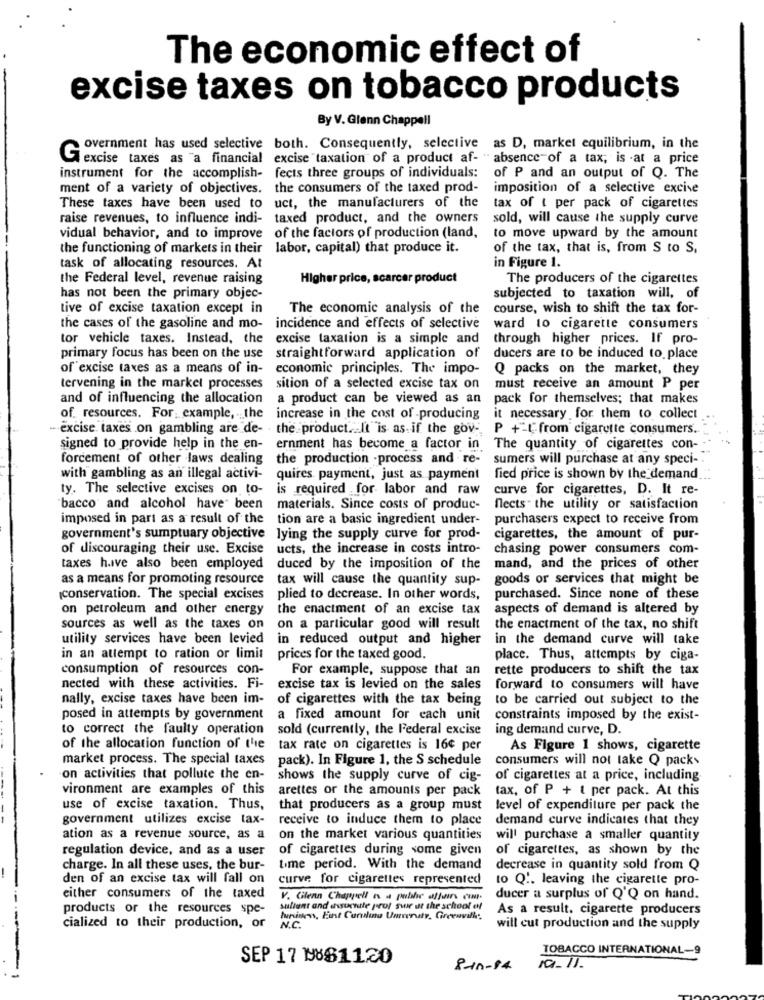
The economic effect of
excise taxes on tobacco products
By V. Glenn Chappell
overnment has used selective both. Consequently, selective as D, market equilibrium, in the
excise taxes as "a financial excise taxation of a product af- "absence of a tax; is -at a price
instrument for the accomplish- fects three groups of individuals:
of P and an output of Q. The
ment of a variety of objectives. the consumers of the taxed prod-
imposition of a selective excise
These taxes have been used to uct, the manufacturers of the
tax of t per pack of cigarettes
raise revenues, to influence indi- taxed product, and the owners
sold, will cause the supply curve
vidual behavior, and to improve of the factors of production (land,
to move upward by the amount
the functioning of markets in their labor, capital) that produce it.
of the tax, that is, from S to S.
task of allocating resources. At
in Figure 1.
the Federal level, revenue raising
Higher price, scarcer product
The producers of the cigarettes
has not been the primary objec-
subjected to taxation will, of
tive of excise taxation except in
The economic analysis of the
course, wish to shift the tax for-
the cases of the gasoline and mo-
incidence and effects of selective
ward to cigarette consumers
tor vehicle taxes. Instead, the
excise taxation is a simple and
through higher prices. If pro-
primary focus has been on the use
straightforward application of
ducers are to be induced to place
of excise taxes as a means of in-
economic principles. The impo-
Q packs on the market, they
tervening in the market processes
sition of a selected excise tax on
must receive an amount P per
and of influencing the allocation
a product can be viewed as an
pack for themselves; that makes
of. resources. For example, the
increase in the cost of -producing
it necessary for them to collect
-excise taxes on gambling are de- the product. It is as if the gov-
P +[from cigarette consumers ..
signed to provide help in the en- ernment has become a factor in The quantity of cigarettes con-
forcement of other laws dealing
the production -process and re- sumers will purchase at any speci -.
with gambling as an illegal activi-
quires payment, just as payment
fied price is shown by the demand
ty. The selective excises on to-
is required for labor and raw
curve for cigarettes, D. It re-
"bacco and alcohol have been
materials. Since costs of produc-
fects" the utility or satisfaction
imposed in part as a result of the tion are a basic ingredient under-
purchasers expect to receive from
government's sumptuary objective lying the supply curve for prod-
cigarettes, the amount of pur-
of discouraging their use. Excise ucts, the increase in costs intro-
chasing power consumers com-
taxes have also been employed
duced by the imposition of the
mand, and the prices of other
as a means for promoting resource
tax will cause the quantity sup-
goods or services that might be
conservation. The special excises
plied to decrease. In other words,
purchased. Since none of these
on petroleum and other energy
the enactment of an excise tax
aspects of demand is altered by
sources as well as the taxes on
on a particular good will result
the enactment of the tax, no shift
utility services have been levied
in reduced output and higher
in the demand curve will take
in an attempt to ration or limit
prices for the taxed good.
place. Thus, attempts by ciga-
consumption of resources con-
For example, suppose that an
rette producers to shift the tax
nected with these activities. Fi-
excise tax is levied on the sales
forward to consumers will have
nally, excise taxes have been im-
of cigarettes with the tax being
to be carried out subject to the
posed in attempts by government
a fixed amount for each unit
constraints imposed by the exist-
to correct the faulty operation
sold (currently, the Federal excise
ing demand curve, D.
of the allocation function of the
tax rate on cigarettes is 16¢ per
As Figure 1 shows, cigarette
market process. The special taxes
pack). In Figure 1, the S schedule
consumers will not take Q packs
on activities that pollute the en-
shows the supply curve of cig-
of cigarettes at a price, including
vironment are examples of this
arettes or the amounts per pack
tax, of P + t per pack. At this
use of excise taxation. Thus,
that producers as a group must
level of expenditure per pack the
government utilizes excise tax-
receive to induce them to place
demand curve indicates that they
ation as a revenue source, as a
on the market various quantities
will purchase a smaller quantity
regulation device, and as a user
of cigarettes during some given
of cigarettes, as shown by the
charge. In all these uses, the bur-
time period. With the demand
decrease in quantity sold from Q
den of an excise tax will fall on
curve for cigarettes represented
to Q'. leaving the cigarette pro-
either consumers of the taxed
V. Glenn Chappell es a public affairs com.
ducer a surplus of Q'Q on hand.
products or the resources spe-
sultant and assurnite prof swir at the school of
As a result, cigarette producers
Iurinews, Fint Curulinu Unveruty, Greenville,
cialized to their production, or
N.C.
will cut production and the supply
TOBACCO INTERNATIONAL-9
SEP 17 MOS11.20
8-10-84